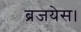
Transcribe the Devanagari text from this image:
ब्रजयेस।